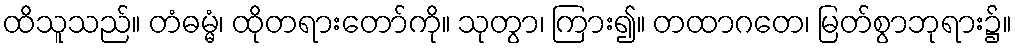
ထိသူသည်။ တံဓမ္မံ၊ ထိုတရားတော်ကို။ သုတွာ၊ ကြား၍။ တထာဂတေ၊ မြတ်စွာဘုရား၌။